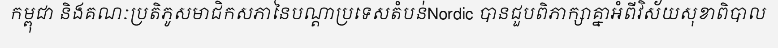
កម្ពុជា និងគណៈប្រតិភូសមាជិកសភានៃបណ្តាប្រទេសតំបន់Nordic បានជួបពិភាក្សាគ្នាអំពីវិស័យសុខាពិបាល